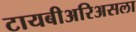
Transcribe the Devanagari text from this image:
टायबीअरिअसला